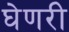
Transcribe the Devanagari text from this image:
घेणरी